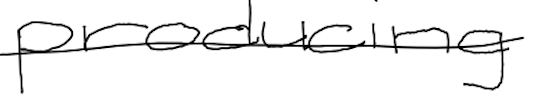
Text: producing
Cross-out: single-line
Writing tool: digital_black